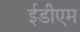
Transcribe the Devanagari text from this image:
ईडीएम